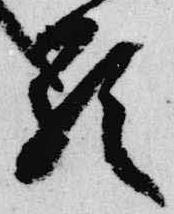
顕